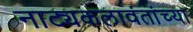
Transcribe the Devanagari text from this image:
नाट्यकलावंतांच्या